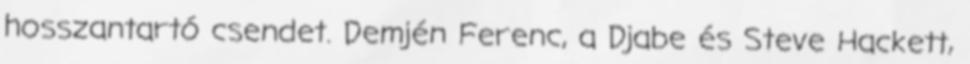
hosszantartó csendet. Demjén Ferenc, a Djabe és Steve Hackett,